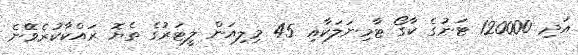
އަދި 120000 ޓަނުގެ ކާގޯ ޓާމިނަލަކާއި 45 މިލިއަން ލީޓަރުގެ ތެޔޮ ރައްކާކުރެވޭނެ